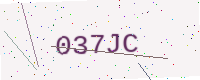
Text: 037JC